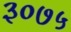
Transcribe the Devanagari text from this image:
३०७५